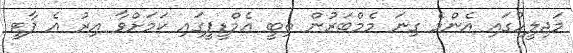
މަޖިލީހުގައި އެންމެ ގިނަ މެމްބަރުން ތިބީ އެމްޑީޕީގައި ކަމަށްވާ އިރު އެ ޕާޓީ